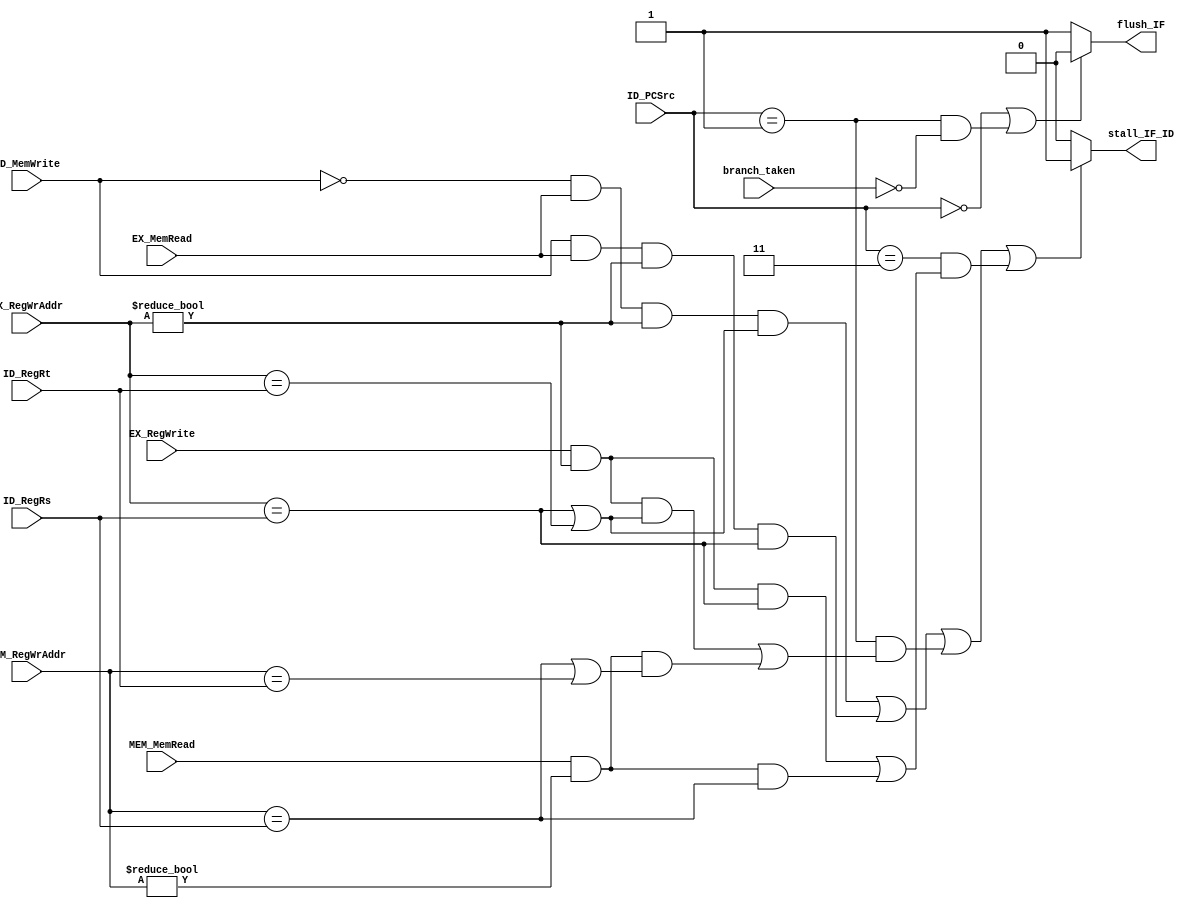
// ./src/HazardUnit.v
module HazardUnit(
        input [5-1:0] ID_RegRs,
        input [5-1:0] ID_RegRt,
        input [1:0] ID_PCSrc,
        input ID_MemWrite,
        input branch_taken,
        input EX_MemRead,
        input EX_RegWrite,
        input [5-1:0] EX_RegWrAddr,
        input MEM_MemRead,
        input [5-1:0] MEM_RegWrAddr,

        output flush_IF,
        output stall_IF_ID
    );

    // flush has higher priority than stall
    // when to flush IF: jump hazard, branch hazard
    assign flush_IF = (ID_PCSrc == 2'b00 || (ID_PCSrc == 2'b01 && branch_taken == 0)) ? 0 : 1;

    // when to stall IF and ID: load-use hazard, data hazard caused by branch or jump
    assign stall_IF_ID =
           (!ID_MemWrite && EX_MemRead && EX_RegWrAddr != 0 && (EX_RegWrAddr == ID_RegRs || EX_RegWrAddr == ID_RegRt)) // load-use, except load-store
           ||
           (ID_MemWrite && EX_MemRead && EX_RegWrAddr != 0 && EX_RegWrAddr == ID_RegRs) // sw use the reg that lw writes in for calculating the address
           ||
           (
               ID_PCSrc == 2'b01 // data hazard caused by branch
               &&
               (
                   (EX_RegWrite && EX_RegWrAddr != 0 && (EX_RegWrAddr == ID_RegRs || EX_RegWrAddr == ID_RegRt))
                   ||
                   (MEM_MemRead && MEM_RegWrAddr != 0 && (MEM_RegWrAddr == ID_RegRs || MEM_RegWrAddr == ID_RegRt))
               )
           )
           ||
           (
               ID_PCSrc == 2'b11 // data hazad caused by jr or jalr
               &&
               (
                   (EX_RegWrite && EX_RegWrAddr != 0 && EX_RegWrAddr == ID_RegRs)
                   ||
                   (MEM_MemRead && MEM_RegWrAddr != 0 && MEM_RegWrAddr == ID_RegRs)
               )
           ) ? 1 : 0;

endmodule // HazardUnit